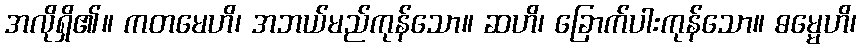
အလိုရှိ၏။ ကတမေဟိ၊ အဘယ်မည်ကုန်သော။ ဆဟိ၊ ခြောက်ပါးကုန်သော။ ဓမ္မေဟိ၊